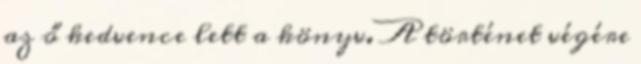
az ő kedvence lett a könyv. A történet végére